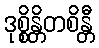
ဒုစ္စိန္တိတစိန္တီ